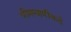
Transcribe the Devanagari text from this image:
भीमस्वामींकडे